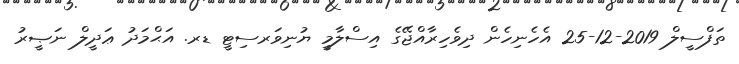
ތަފްސީލް 2019-12-25 އެހެނިހެން ދިވެހިރާއްޖޭގެ އިސްލާމީ ޔުނިވަރސިޓީ ޑރ. އަޙްމަދު ޢަދީލް ނަޞީރު